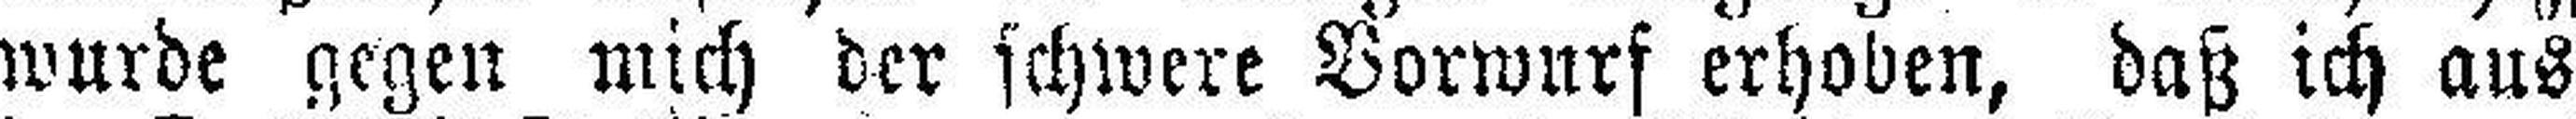
wurde gegen mich der schwere Vorwurf erhoben, daß ich aus